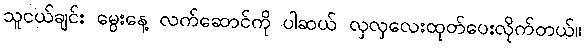
သူငယ်ချင်း မွေးနေ့ လက်ဆောင်ကို ပါဆယ် လှလှလေးထုတ်ပေးလိုက်တယ်။